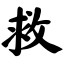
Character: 救